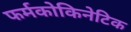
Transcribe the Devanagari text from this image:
फर्मकोकिनेटिक